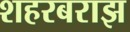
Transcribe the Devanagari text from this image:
शहरबराझ